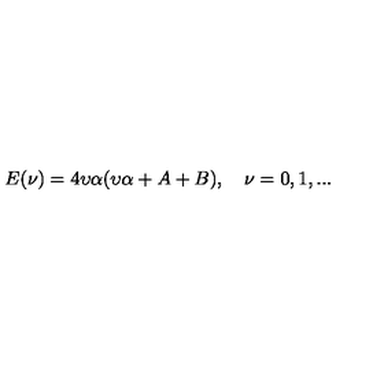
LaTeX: E ( \nu ) = 4 \upsilon \alpha ( \upsilon \alpha + A + B ) , \quad \nu = 0 , 1 , . . .